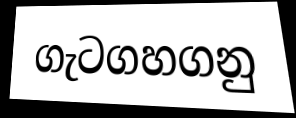
ගැටගහගනු